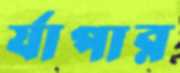
র‍্যাপার